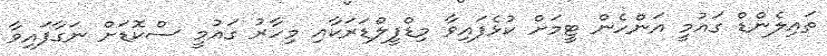
ތައިލެންޑް ގައުމީ އަންހެން ޓީމަށް ކުޅެފައިވާ މިޑްފީލްޑަރަކާއި މިހާރު ގައުމީ ސްކޮޑަށް ނަގާފައިވާ